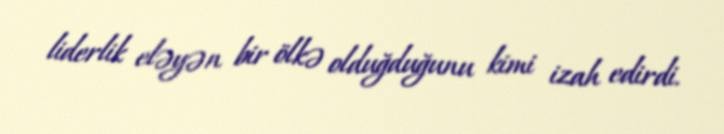
liderlik eləyən bir ölkə olduğduğunu kimi izah edirdi.